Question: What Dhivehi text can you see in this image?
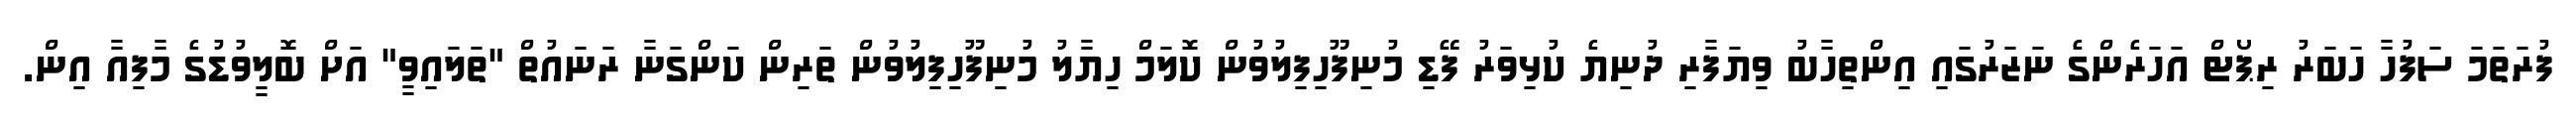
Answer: ފުރަތަމަ ސަފުހާ ހަބަރު ރިޕޯޓް އަހަރެންގެ ނަޒަރުގައި އިންތިހާބު ވިޔަފާރި ދުނިޔެ ކުޅިވަރު ފޭޑި މުނިފޫހިފިލުވުން ކޮލަމް ހިޔާލު މުނިފޫހިފިލުވުން ތަރިން ކަންގަނާ ރަނައުތް "ތަލައިވީ" އަށް ބޮލީވުޑުގެ މާފިއާ އިން.